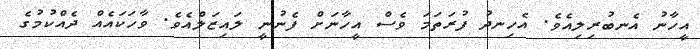
އީހާނު އެނބުރިލިއެވެ. އެހިނދު ފުރަތަމަ ވެސް އީހާނަށް ފެނުނީ ލައިޒަލްއެވެ. ވާހަކައެއް ދެއްކުމުގެ